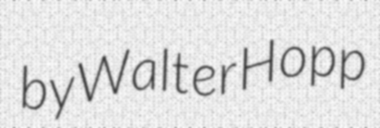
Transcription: by Walter Hopp